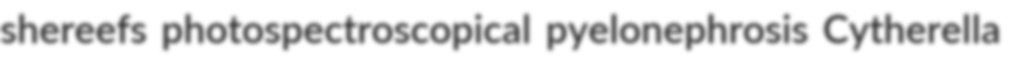
shereefs photospectroscopical pyelonephrosis Cytherella